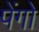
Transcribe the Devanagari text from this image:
पेंगो